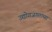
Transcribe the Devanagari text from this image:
उद्योगजगताच्या